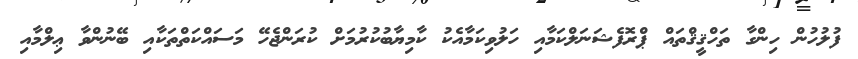
ފުލުހުން ހިންގާ ތަހްޤީޤްތައް ޕްރޮފެޝަނަލްކަމާއި ހަލުވިކަމާއެކު ކާމިޔާބުކުރުމަށް ކުރަންޖެހޭ މަސައްކަތްތަކާއި ބޭނުންވާ ޢިލްމާއި